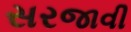
સરજાવી